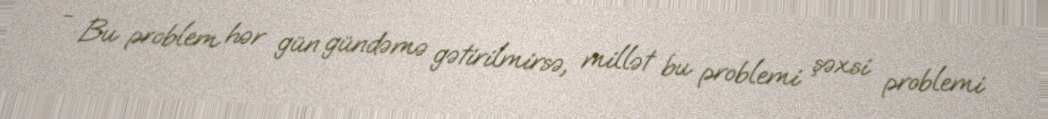
- Bu problem hər gün gündəmə gətirilmirsə, millət bu problemi şəxsi problemi